Madras plague regulations and rules - Volume 1
Disease focus: Plague
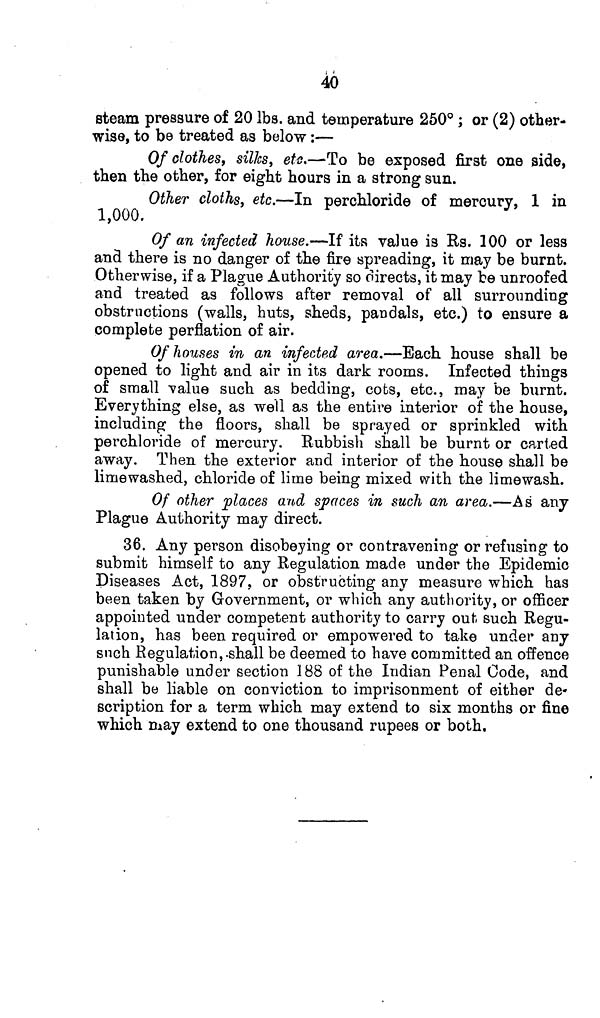
40
steam pressure of 20 lbs. and temperature 250° ; or (2) other-
wise, to be treated as below:—
Of clothes, silks, etc.—To be exposed first one side,
then the other, for eight hours in a strong sun.
Other cloths, etc.—In perchloride of mercury, 1 in
1,000.
Of an infected house.—If its value is Rs. 100 or less
and there is no danger of the fire spreading, it may be burnt.
Otherwise, if a Plague Authority so directs, it may be unroofed
and treated as follows after removal of all surrounding
obstructions (walls, huts, sheds, pandals, etc.) to ensure a
complete perflation of air.
Of houses in an infected area.—Each house shall be
opened to light and air in its dark rooms. Infected things
of small value such as bedding, cots, etc., may be burnt.
Everything else, as well as the entire interior of the house,
including the floors, shall be sprayed or sprinkled with
perchloride of mercury. Rubbish shall be burnt or carted
away. Then the exterior and interior of the house shall be
limewashed, chloride of lime being mixed with the limewash.
Of other places and spaces in such an area.—As any
Plague Authority may direct.
36. Any person disobeying or contravening or refusing to
submit himself to any Regulation made under the Epidemic
Diseases Act, 1897, or obstructing any measure which has
been taken by Government, or which any authority, or officer
appointed under competent authority to carry out- such Regu-
lation, has been required or empowered to take under any
such Regulation, shall be deemed to have committed an offence
punishable under section 188 of the Indian Penal Code, and
shall be liable on conviction to imprisonment of either de-
scription for a term which may extend to six months or fine
which may extend to one thousand rupees or both.